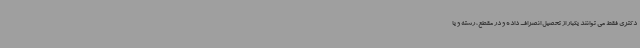
دکتری فقط می توانند یکبار از تحصیل انصراف داده و در مقطع، رشته و یا